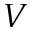
V